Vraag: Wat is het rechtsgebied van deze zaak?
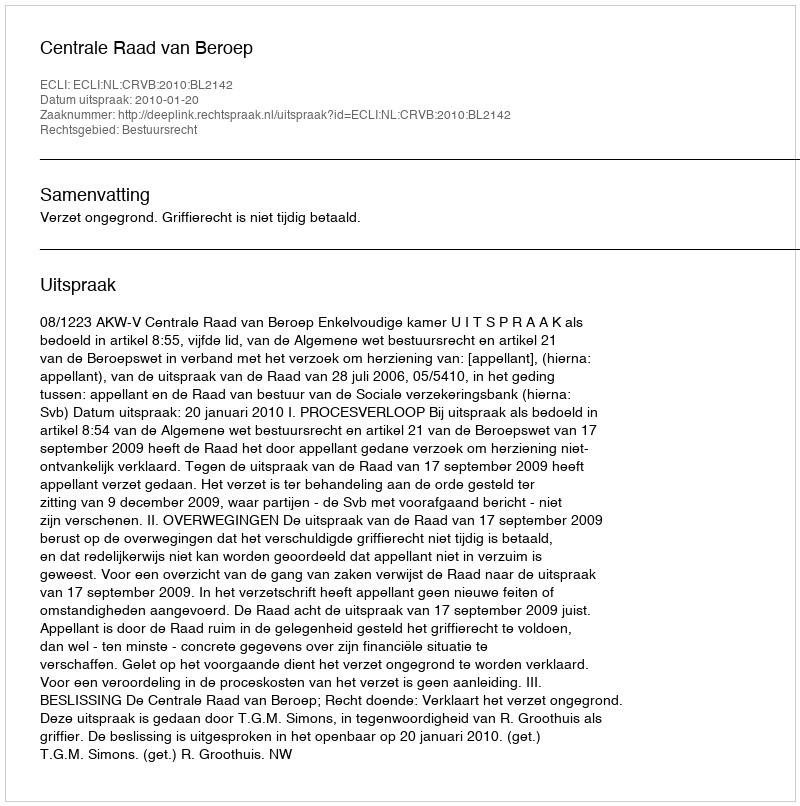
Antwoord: Bestuursrecht